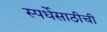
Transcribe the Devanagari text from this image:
स्पर्धेसाठीची